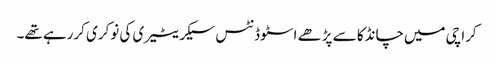
کراچی میں‌چانڈکا سے پڑھے اسٹوڈنٹس سیکریٹیری کی نوکری کررہے تھے۔